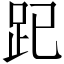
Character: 𧿆